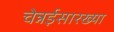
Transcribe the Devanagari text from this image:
चेन्नईसारख्या